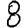
Digit: 8